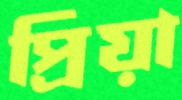
প্রিয়া